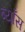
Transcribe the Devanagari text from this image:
ब्याँस